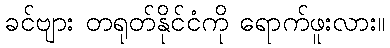
ခင်ဗျား တရုတ်နိုင်ငံကို ရောက်ဖူးလား။